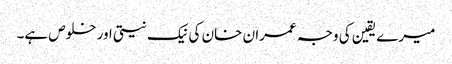
میرے یقین کی وجہ عمران خان کی نیک نیتی اور خلوص ہے۔